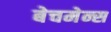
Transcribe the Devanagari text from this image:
बेचमेन्स